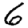
Digit: 6